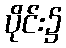
ပိုင်း၌